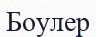
Боулер